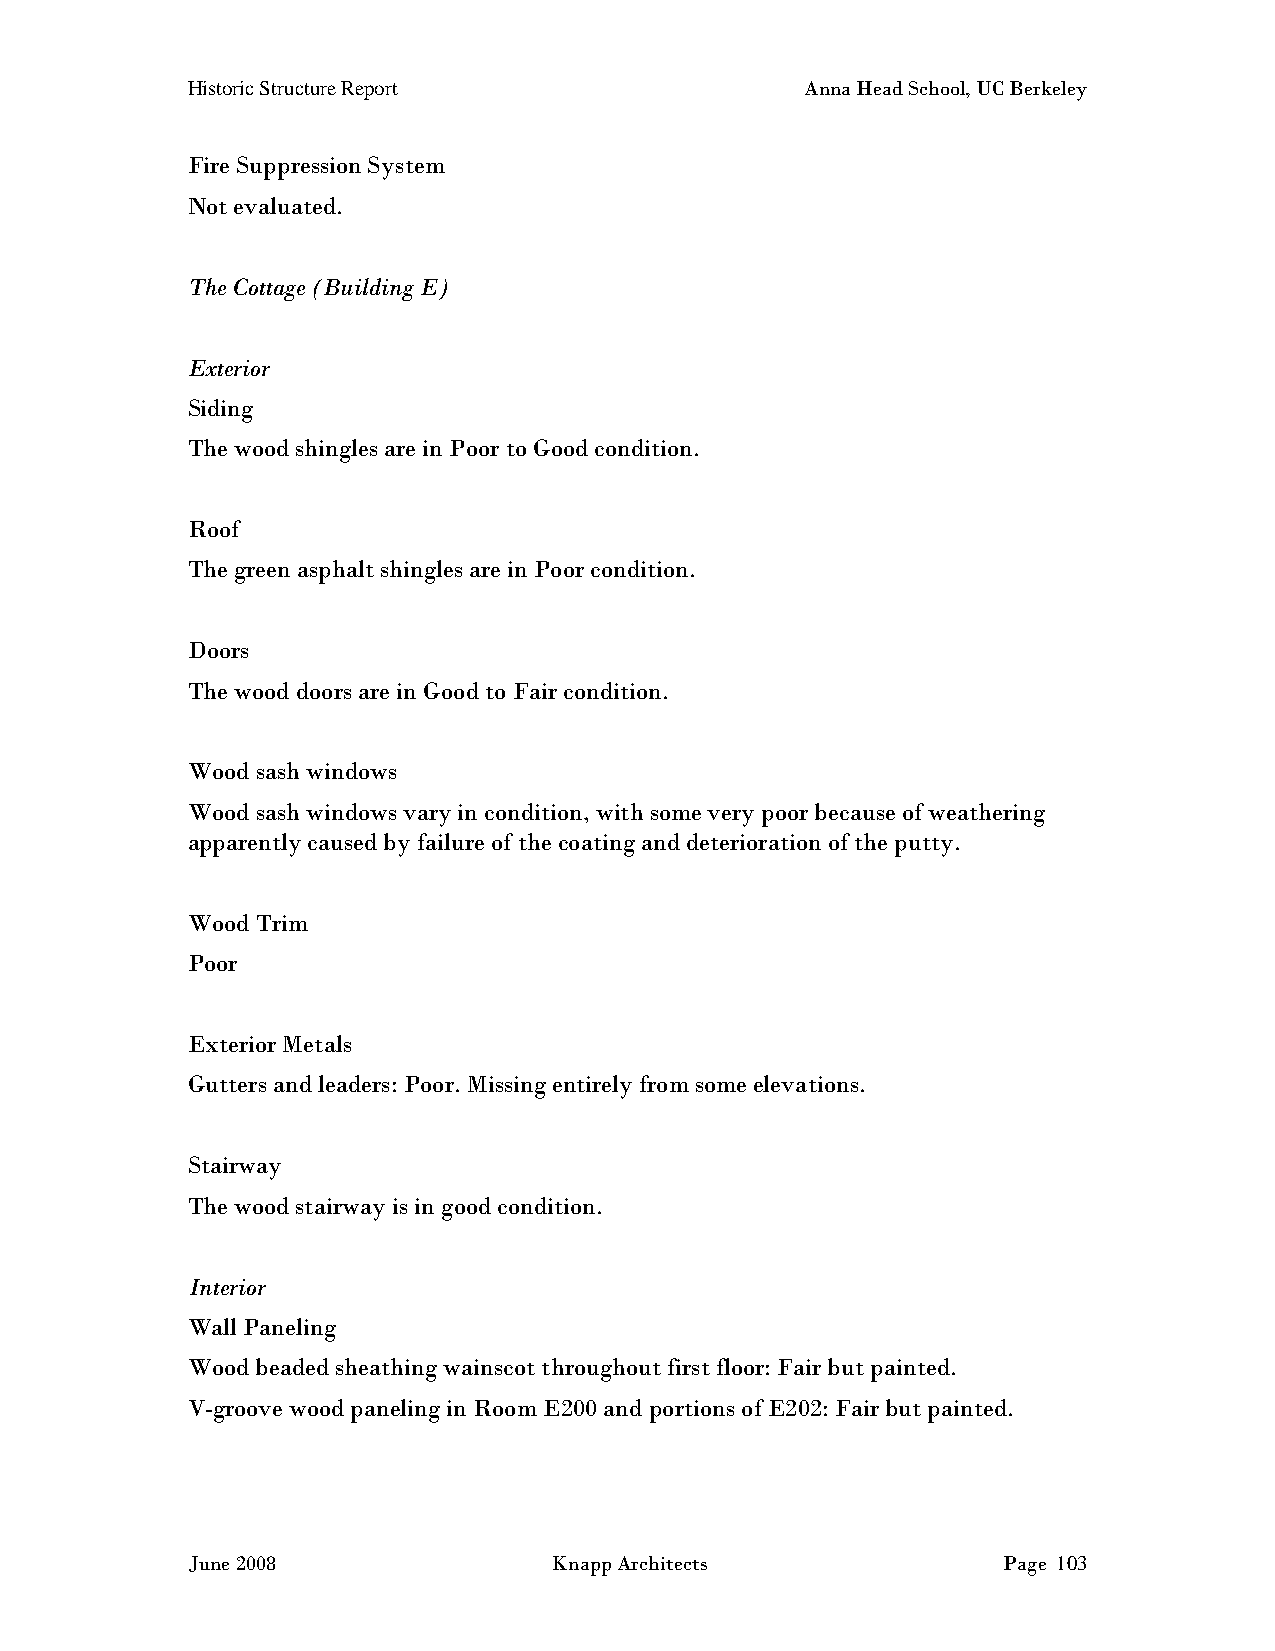
Historic Structure Report                Anna Head School, UC Berkeley
 Fire Suppression System
 Not evaluated.
 The Cottage (Building E)
 Exterior
 Siding
 The wood shingles are in Poor to Good condition.
 Roof
 The green asphalt shingles are in Poor condition.
 Doors
 The wood doors are in Good to Fair condition.
 Wood sash windows
 Wood sash windows vary in condition, with some very poor because of weathering
 apparently caused by failure of the coating and deterioration of the putty.
 Wood Trim
 Poor
 Exterior Metals
 Gutters and leaders: Poor. Missing entirely from some elevations.
 Stairway
 The wood stairway is in good condition.
 Interior
 Wall Paneling
 Wood beaded sheathing wainscot throughout first floor: Fair but painted.
 V-groove wood paneling in Room E200 and portions of E202: Fair but painted.
 June 2008                Knapp Architects             Page 103